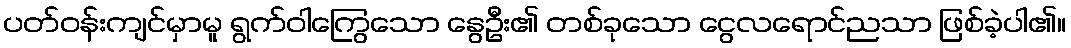
ပတ်ဝန်းကျင်မှာမူ ရွက်ဝါကြွေသော နွေဦး၏ တစ်ခုသော ငွေလရောင်ညသာ ဖြစ်ခဲ့ပါ၏။